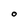
Character: O